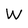
Character: W